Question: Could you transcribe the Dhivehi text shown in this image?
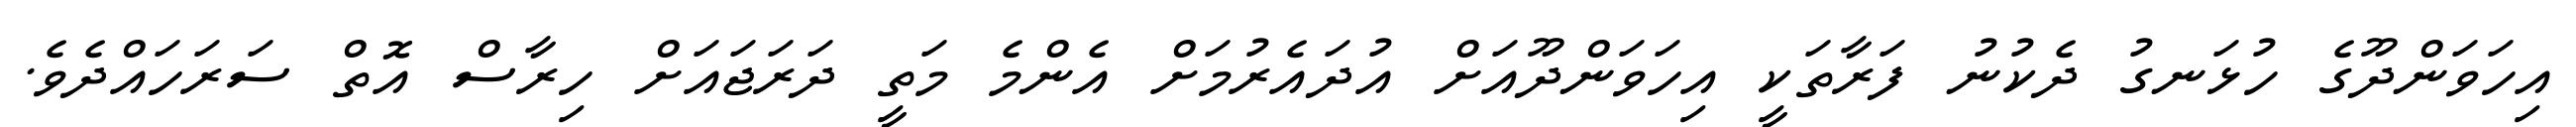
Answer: އިހަވަންދޫގެ ހުޅަނގު ދެކުނު ފަރާތަކީ އިހަވަންދޫއަށް އުދައެރުމަށް އެންމެ މަތީ ދަރަޖައަށް ހިރާސް އޮތް ސަރަހައްދެވެ.